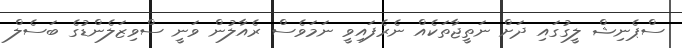
ސްޕެނިޝް ލީގުގައި ދަށް ނަތީޖާތަކެއް ނެރެފައިވީ ނަމަވެސް ރެއާލުން ވަނީ ސްވިޒަލެންޑުގެ ބަސެލް